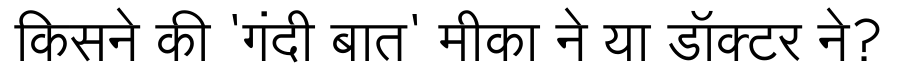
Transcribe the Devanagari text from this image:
किसने की 'गंदी बात' मीका ने या डॉक्टर ने?